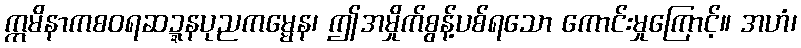
ဣမိနာကစဝရဆဍ္ဍနပုညကမ္မေန၊ ဤအမှိုက်စွန့်ပစ်ရသော ကောင်းမှုကြောင့်။ အဟံ၊